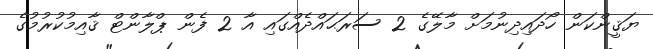
ޔަޤީންކަން ހޯދައިދިނުމަށް މާލޭގެ 2 ސަރަޙައްދެއްގައި އާ 2 ފެން ޕްލާންޓް ޤާއިމުކުރުމުގެ